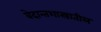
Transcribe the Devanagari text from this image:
वेदान्तशास्त्रातील